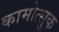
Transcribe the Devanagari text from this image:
कामोत्सुक